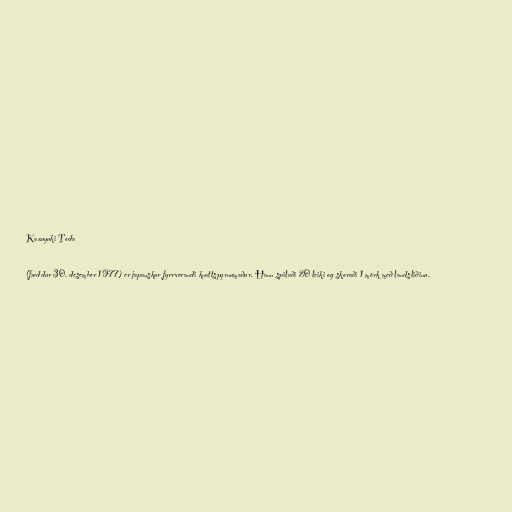
Kazuyuki Toda

(fæddur 30. desember 1977) er japanskur fyrrverandi knattspyrnumaður. Hann spilaði 20 leiki og skoraði 1 mörk með landsliðinu.